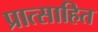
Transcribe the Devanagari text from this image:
प्रात्साहित